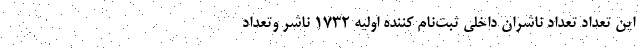
این تعداد تعداد ناشران داخلی ثبت‌نام کننده اولیه ۱۷۳۲ ناشر وتعداد